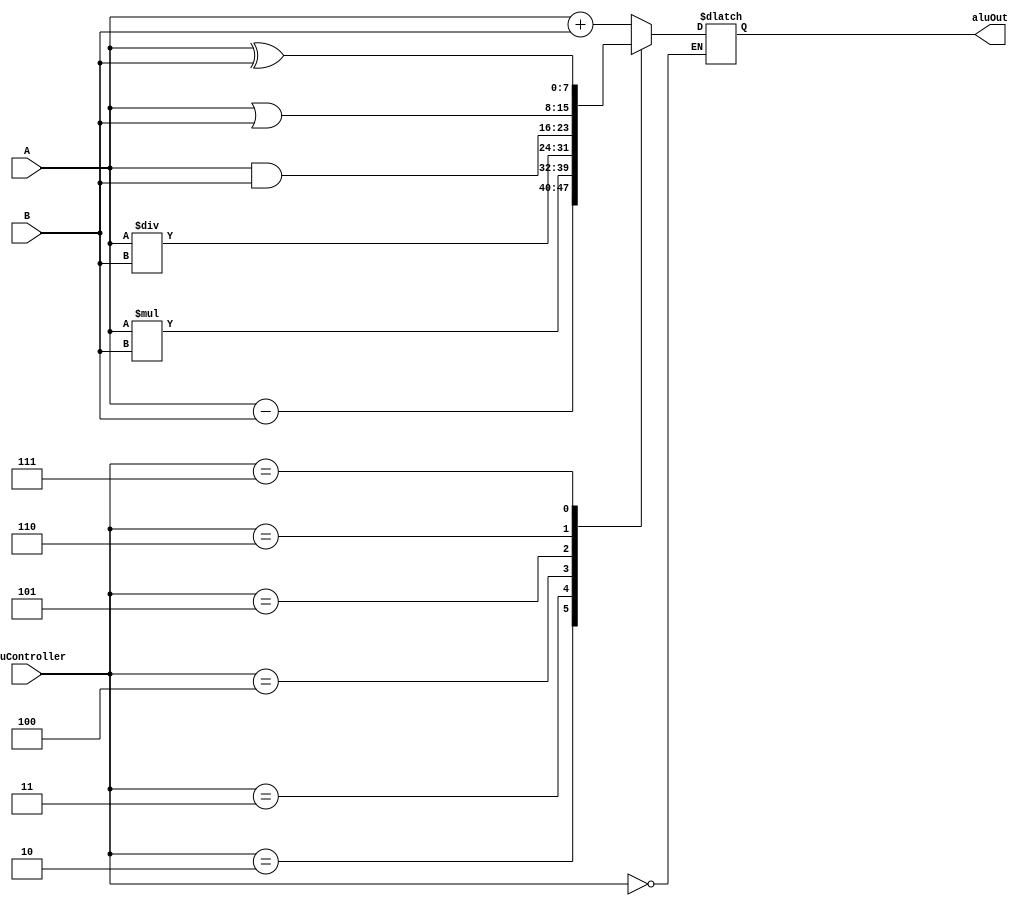
module ALU_Processor (
	input [7:0] A,B,
	input [2:0] AluController,
	output reg [7:0] aluOut);

	
	
	
	always@(*)
		begin
			case(AluController)
				3'b000: aluOut= aluOut;
				3'b001: aluOut= A+B;
				3'b010: aluOut= A-B;
				3'b011: aluOut= A*B;
				3'b100: aluOut= A/B;
				3'b101: aluOut= A&B;
				3'b110: aluOut= A|B;
				3'b111: aluOut= A^B;
				default: aluOut= 0;
			endcase
	
		end

endmodule